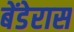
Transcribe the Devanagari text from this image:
बेंडेरास